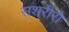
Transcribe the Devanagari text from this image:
सशरीरो